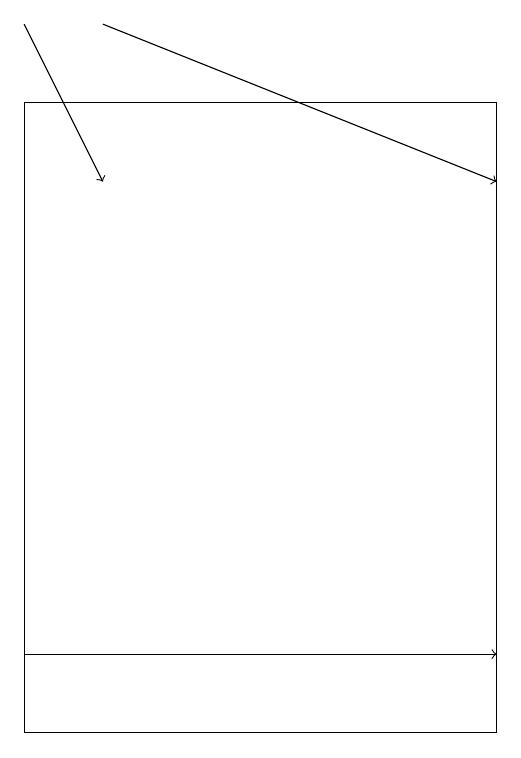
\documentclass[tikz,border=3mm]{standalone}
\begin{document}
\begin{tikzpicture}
\draw (1,18) rectangle (7,10);
\draw[->] (1,11) -- (7,11);
\draw[->] (2,19) -- (7,17);
\draw[->] (1,19) -- (2,17);
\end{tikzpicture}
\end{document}